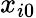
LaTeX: x_{i0}